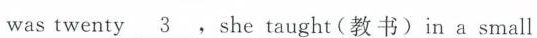
wastwenty \underline{3}, she taught(教书) in a small